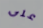
على